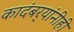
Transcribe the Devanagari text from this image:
कादंबर्‍यांनीही